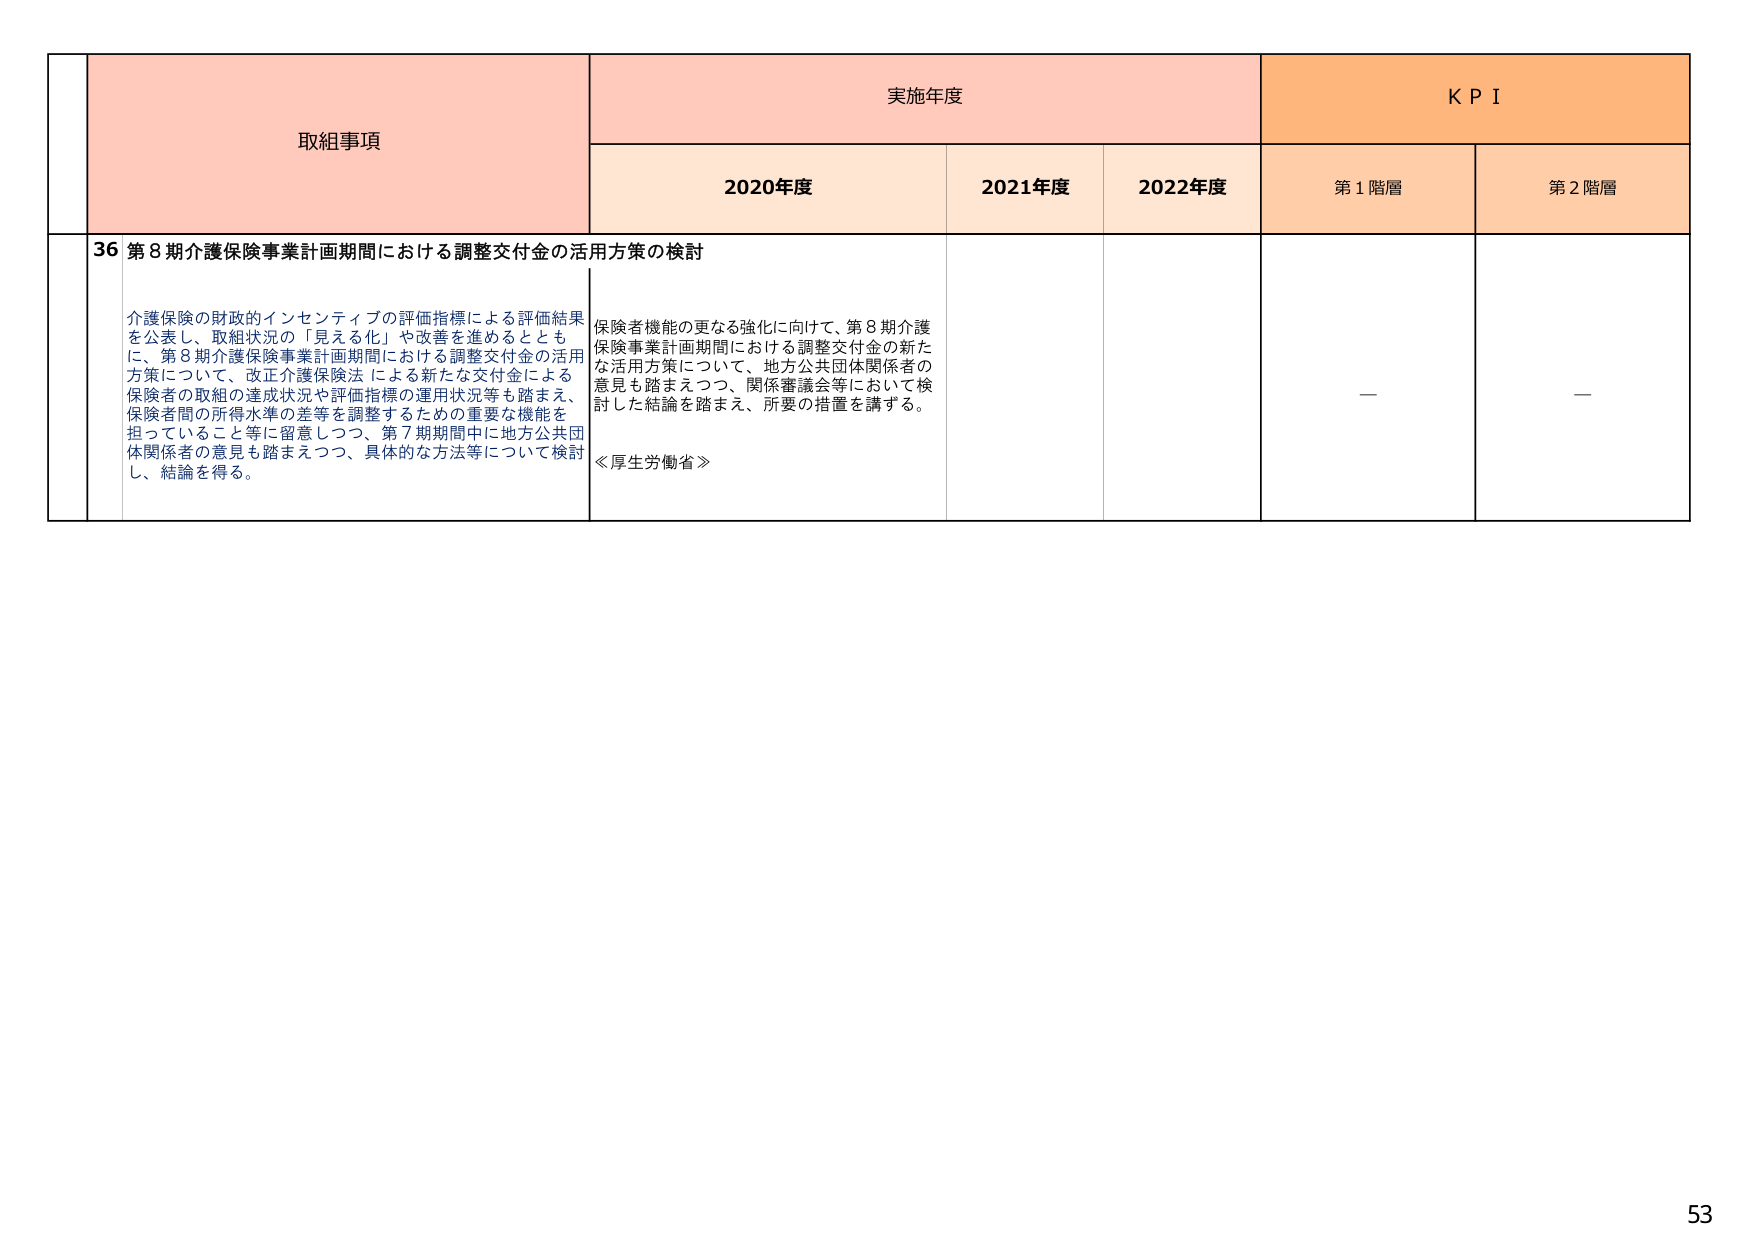
取組事項
実施年度
KPI
2020年度
2021年度
2022年度
第1階層
第2階層

36 第8期介護保険事業計画期間における調整交付金の活用方策の検討

介護保険の財政的インセンティブの評価指標による評価結果を公表し、取組状況の「見える化」や改善を進めるとともに、第8期介護保険事業計画期間における調整交付金の活用方策について、改正介護保険法による新たな交付金による保険者の取組の達成状況や評価指標の運用状況等も踏まえ、保険者間の所得水準の差等を調整するための重要な機能を担っていること等に留意しつつ、第7期期間中に地方公共団体関係者の意見も踏まえつつ、具体的な方法等について検討し、結論を得る。

保険者機能の更なる強化に向けて、第8期介護保険事業計画期間における調整交付金の新たな活用方策について、地方公共団体関係者の意見も踏まえつつ、関係審議会等において検討した結論を踏まえ、所要の措置を講ずる。

≪厚生労働省≫

—
—

53